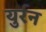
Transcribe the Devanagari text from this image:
युर्रन